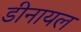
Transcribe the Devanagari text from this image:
डीनायल